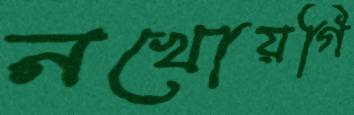
নখোয়গি